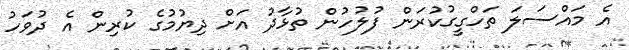
އެ މައްސަލަ ތަހްގީގުކުރަން ފުލުހުން ތުޅާދު އަށް ދިޔުމުގެ ކުރިން އެ ދުވަހު